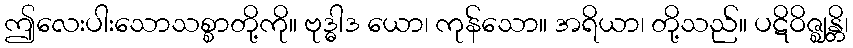
ဤလေးပါးသောသစ္စာတို့ကို။ ဗုဒ္ဓါဒ ယော၊ ကုန်သော။ အရိယာ၊ တို့သည်။ ပဋိဝိဇ္ဈန္တိ၊